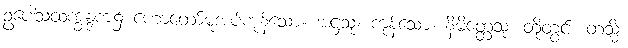
ဥပေါသထက္ခန္ဒက၌ ဟောတော်မူအပ်ကုန်သော။ အဋ္ဌသု၊ ကုန်သော။ နိမိတ္တေသု၊ တို့တွင်။ တသ္မိံ